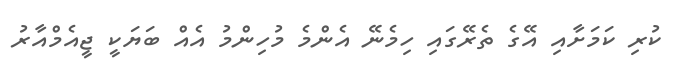
ކުރި ކަމަށާއި އޭގެ ތެރޭގައި ހިމެނޭ އެންމެ މުހިންމު އެއް ބަޔަކީ ޖީއެމްއާރު